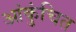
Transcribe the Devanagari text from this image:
आंकुंचित